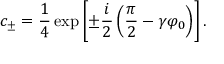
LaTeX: c _ { \pm } = \frac 1 4 \exp \left[ \pm \frac { i } { 2 } \left( \frac { \pi } { 2 } - \gamma \varphi _ { 0 } \right) \right] .